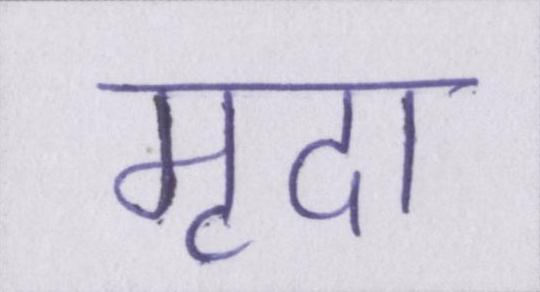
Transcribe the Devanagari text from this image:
मृदा